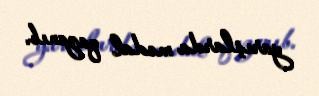
yarışlarda medal qazanıb.